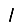
Digit: 1